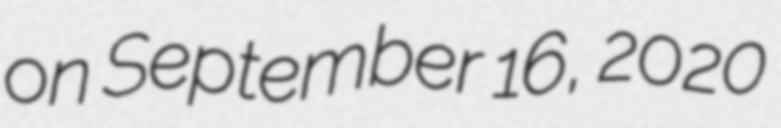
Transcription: on September 16, 2020